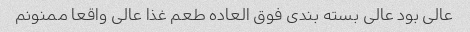
عالی بود عالی بسته بندی فوق العاده طعم غذا عالی واقعا ممنونم